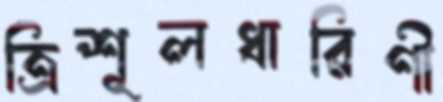
ত্রিশূলধারিণী